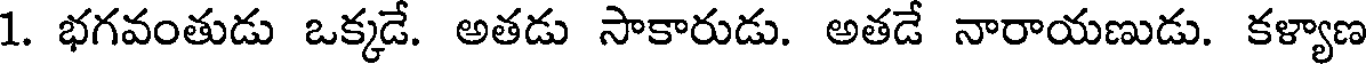
1. భగవంతుడు ఒక్కడే. అతడు సాకారుడు. అతడే నారాయణుడు. కళ్యాణ